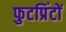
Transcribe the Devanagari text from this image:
फुटप्रिंटों